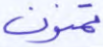
تمنون